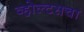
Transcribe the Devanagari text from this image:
व्होल्टसचा